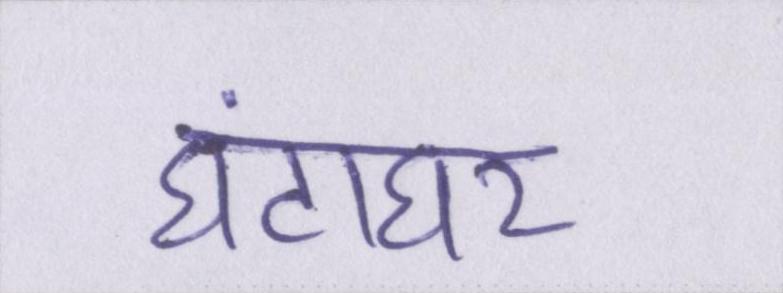
घंटाघर